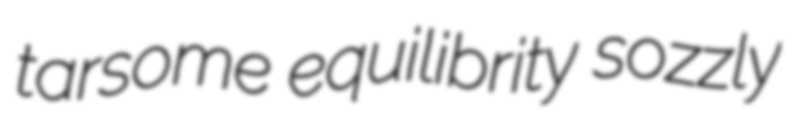
tarsome equilibrity sozzly